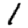
Digit: 1